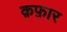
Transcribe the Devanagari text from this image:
क़फ़ार